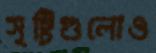
সৃষ্টিগুলোও